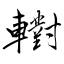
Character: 轛